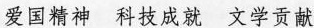
爱国精神 科技成就 文学贡献